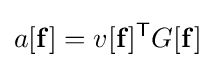
a[\mathbf {f} ]=v[\mathbf {f} ]^{\mathsf {T}}G[\mathbf {f} ]